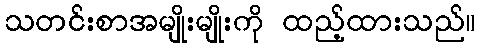
သတင်းစာအမျိုးမျိုးကို ထည့်ထားသည်။